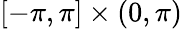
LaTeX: [-\pi,\pi]\times(0,\pi)